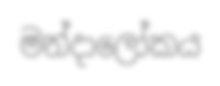
මන්දාලෝකය